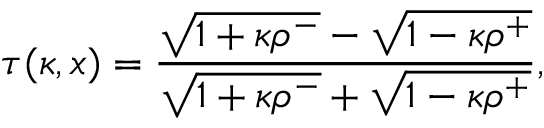
\tau ( \kappa , x ) = { \frac { \sqrt { 1 + \kappa \rho ^ { - } } - \sqrt { 1 - \kappa \rho ^ { + } } } { \sqrt { 1 + \kappa \rho ^ { - } } + \sqrt { 1 - \kappa \rho ^ { + } } } } ,